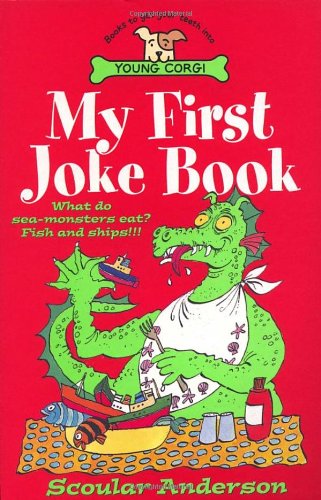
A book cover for My First Joke Book (Young Corgi); Scoular Anderson; Children's Books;